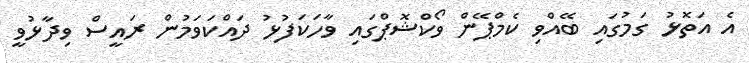
އެ އަތޮޅު ގަމުގައި ބޭއްވި ކެމްޕޭން ވޯކްޝޮޕްގައި ވާހަކަފުޅު ދައްކަވަމުން ރައީސް ވިދާޅުވީ